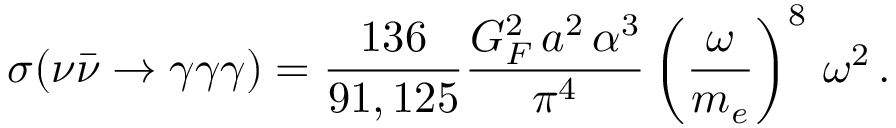
\sigma ( \nu \bar { \nu } \rightarrow \gamma \gamma \gamma ) = \frac { 1 3 6 } { 9 1 , 1 2 5 } \frac { G _ { F } ^ { 2 } \, a ^ { 2 } \, \alpha ^ { 3 } } { \pi ^ { 4 } } \left( \frac { \omega } { m _ { e } } \right) ^ { 8 } \, \omega ^ { 2 } \, .